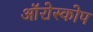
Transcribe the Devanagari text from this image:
ऑरोस्कोप